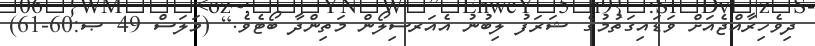
ދިވެހިރާއްޖެއަށް ވަޑައިގަތުމުގެ ޝަރަފު ލިބުނު އެއަރސިލޯން މަތިންދާ ބޯޓެވެ.] (މަލަސް 49 ޞ:60-61)